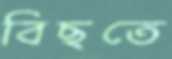
বিছতে